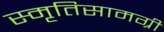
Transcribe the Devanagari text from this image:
स्मृतिसामग्री